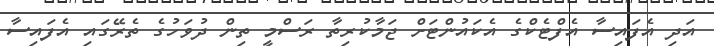
އަދި އެފައިސާ އެފްޓެކްގެ އެކައުންޓަށް ޖަމާކުރިތާ ރަސްމީ ތިން ދުވަހުގެ ތެރޭގައި އެފައިސާ